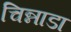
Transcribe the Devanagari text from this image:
चिन्नाडा